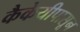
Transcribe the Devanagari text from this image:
कैकेयीपासून